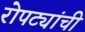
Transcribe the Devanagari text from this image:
रोपट्यांची